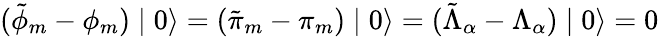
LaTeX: (\tilde{\phi}_{m}-\phi_{m})\mid 0\rangle=(\tilde{\pi}_{m}-\pi_{m})\mid 0\rangle=(\tilde{\Lambda}_{\alpha}-\Lambda_{\alpha})\mid 0\rangle=0